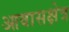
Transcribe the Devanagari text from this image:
आवासक्षेत्र